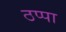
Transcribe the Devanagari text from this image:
ठप्‍पा